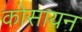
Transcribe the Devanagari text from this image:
कोसायन